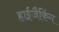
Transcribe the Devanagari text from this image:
हाईजैकिंग